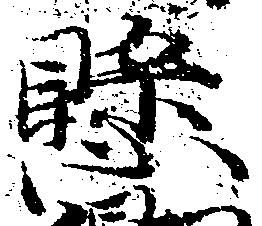
懸